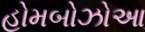
હોમબોઝોઆ